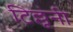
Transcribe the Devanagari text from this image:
टिल्लूंनी